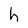
Character: h